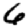
Digit: 6